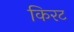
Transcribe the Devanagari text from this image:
किरट